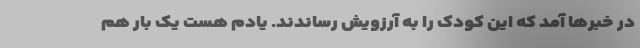
در خبرها آمد که این کودک را به آرزویش رساندند. یادم هست یک بار هم